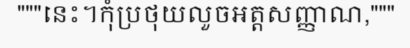
"""នេះ។កុំប្រថុយលួចអត្តសញ្ញាណ,"""